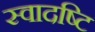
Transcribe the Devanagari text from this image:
स्वादष्टि